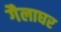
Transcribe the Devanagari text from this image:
गैलाघर